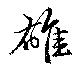
雄